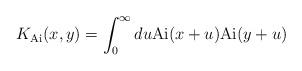
LaTeX: \begin{align*} K_{\mathrm{Ai}}(x,y) = \int_0^\infty du \mathrm{Ai}(x+u)\mathrm{Ai}(y+u)\end{align*}